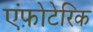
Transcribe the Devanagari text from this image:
एंफ़ोटेरिक